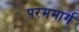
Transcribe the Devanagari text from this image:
परममार्ग